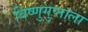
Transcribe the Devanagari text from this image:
विष्णुगुप्ताला